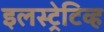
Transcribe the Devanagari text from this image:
इलस्ट्रेटिव्ह